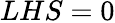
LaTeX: LHS=0